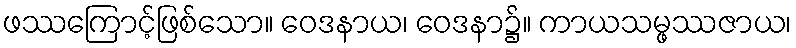
ဖဿကြောင့်ဖြစ်သော။ ဝေဒနာယ၊ ဝေဒနာ၌။ ကာယသမ္ဖဿဇာယ၊